Report on the cholera epidemic of
Year: 1868
Disease focus: Cholera
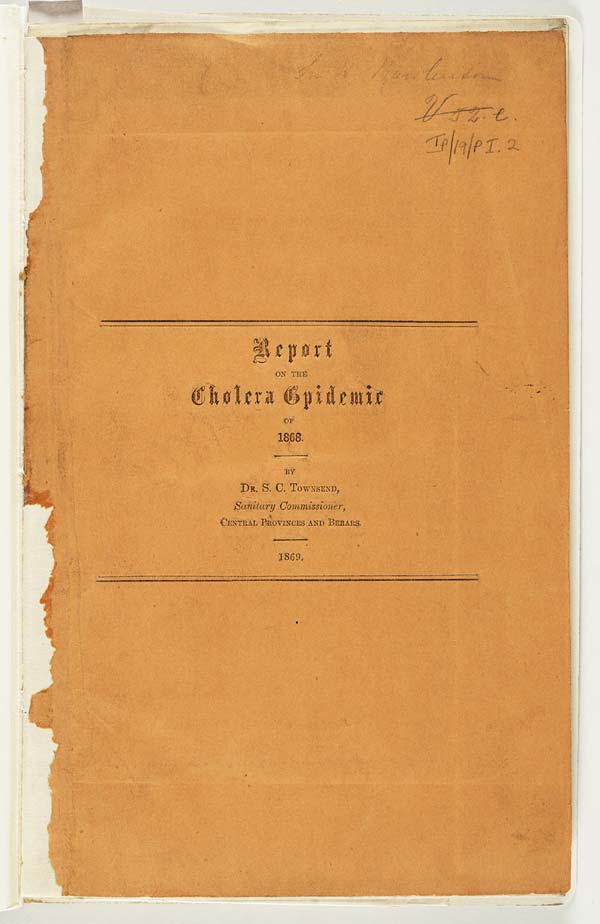
Report
ON THE
Cholera Epidemic
OF
1868.
BY
DR. S. C. TOWNSEND,
Sanitary Commissioner,
CENTRAL PROVINCES AND BERARS.
1869.